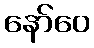
နော်ဝေ